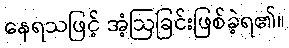
နေရသဖြင့် အံ့ဩခြင်းဖြစ်ခဲ့ရ၏။